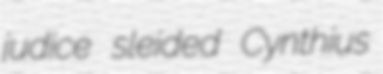
judice sleided Cynthius